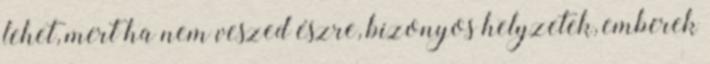
lehet, mert ha nem veszed észre, bizonyos helyzetek, emberek